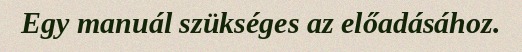
Egy manuál szükséges az előadásához.